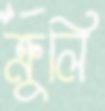
ক্রুলি